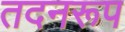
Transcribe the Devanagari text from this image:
तदनरूप